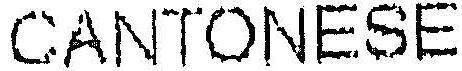
CANTONESE